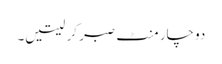
دو چار منٹ صبر کر لیتیں۔